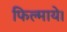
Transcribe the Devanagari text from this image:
फिल्माये।